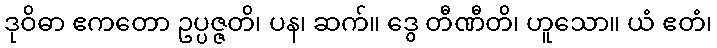
ဒုဝိဓာ ဧကတော ဥပ္ပဇ္ဇတိ၊ ပန၊ ဆက်။ ဒွေ တီဏီတိ၊ ဟူသော။ ယံ ဧတံ၊